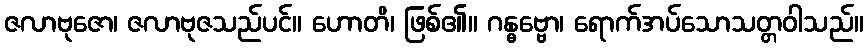
ဇလာဗုဇော၊ ဇလာဗုဇသည်ပင်။ ဟောတိ၊ ဖြစ်၏။ ဂန္ဓဗ္ဗော၊ ရောက်အပ်သောသတ္တဝါသည်။